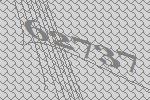
62737